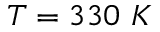
T = 3 3 0 \ K